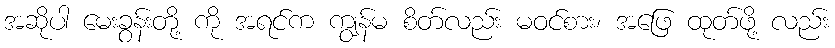
အဆိုပါ မေးခွန်းတို့ ကို အရင်က ကျွန်မ စိတ်လည်း မဝင်စား၊ အဖြေ ထုတ်ဖို့ လည်း